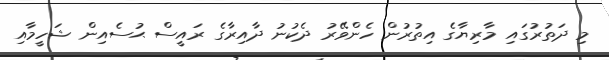
މި ދަތުރުގައި މާރިޔާގެ އިތުރުން ހެންވޭރު ދެކުނު ދާއިރާގެ ރައީސް ޙުސެއިން ޝަހީމާއި